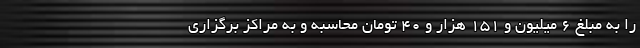
را به مبلغ ۶ میلیون و ۱۵۱ هزار و ۴۰ تومان محاسبه و به مراکز برگزاری